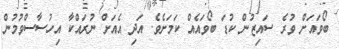
ބޯވައަށް ވުރެ ސައިޒުން ކުޑަ ބޯވައެއް ކަމަށެވެ. އަދި އެއަށް ނުރައްކާ އިހުސާސްވުމުން